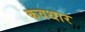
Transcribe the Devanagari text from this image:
कवथार